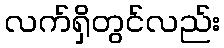
လက်ရှိတွင်လည်း